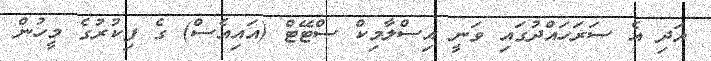
އަދި އެ ސަރަހައްދުގައި ވަނީ އިސްލާމިކް ސްޓޭޓް (އައިއެސް) ގެ ފިކުރުގެ މީހުން